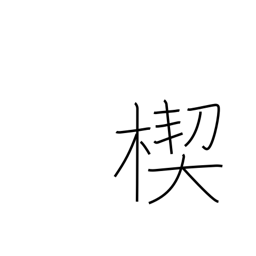
Meaning: wedge